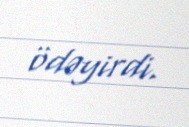
ödəyirdi.